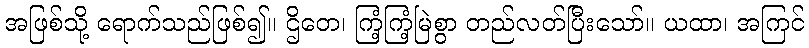
အဖြစ်သို့ ရောက်သည်ဖြစ်၍။ ဌိတေ၊ ကြံ့ကြံ့မြဲစွာ တည်လတ်ပြီးသော်။ ယထာ၊ အကြင်